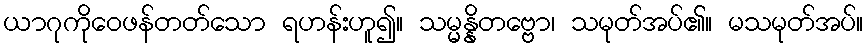
ယာဂုကိုဝေဖန်တတ်သော ရဟန်းဟူ၍။ သမ္မန္နိတဗ္ဗော၊ သမုတ်အပ်၏။ မသမုတ်အပ်။